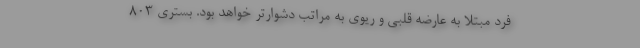
فرد مبتلا به عارضه قلبی و ریوی به مراتب دشوارتر خواهد بود. بستری ۸۰۳